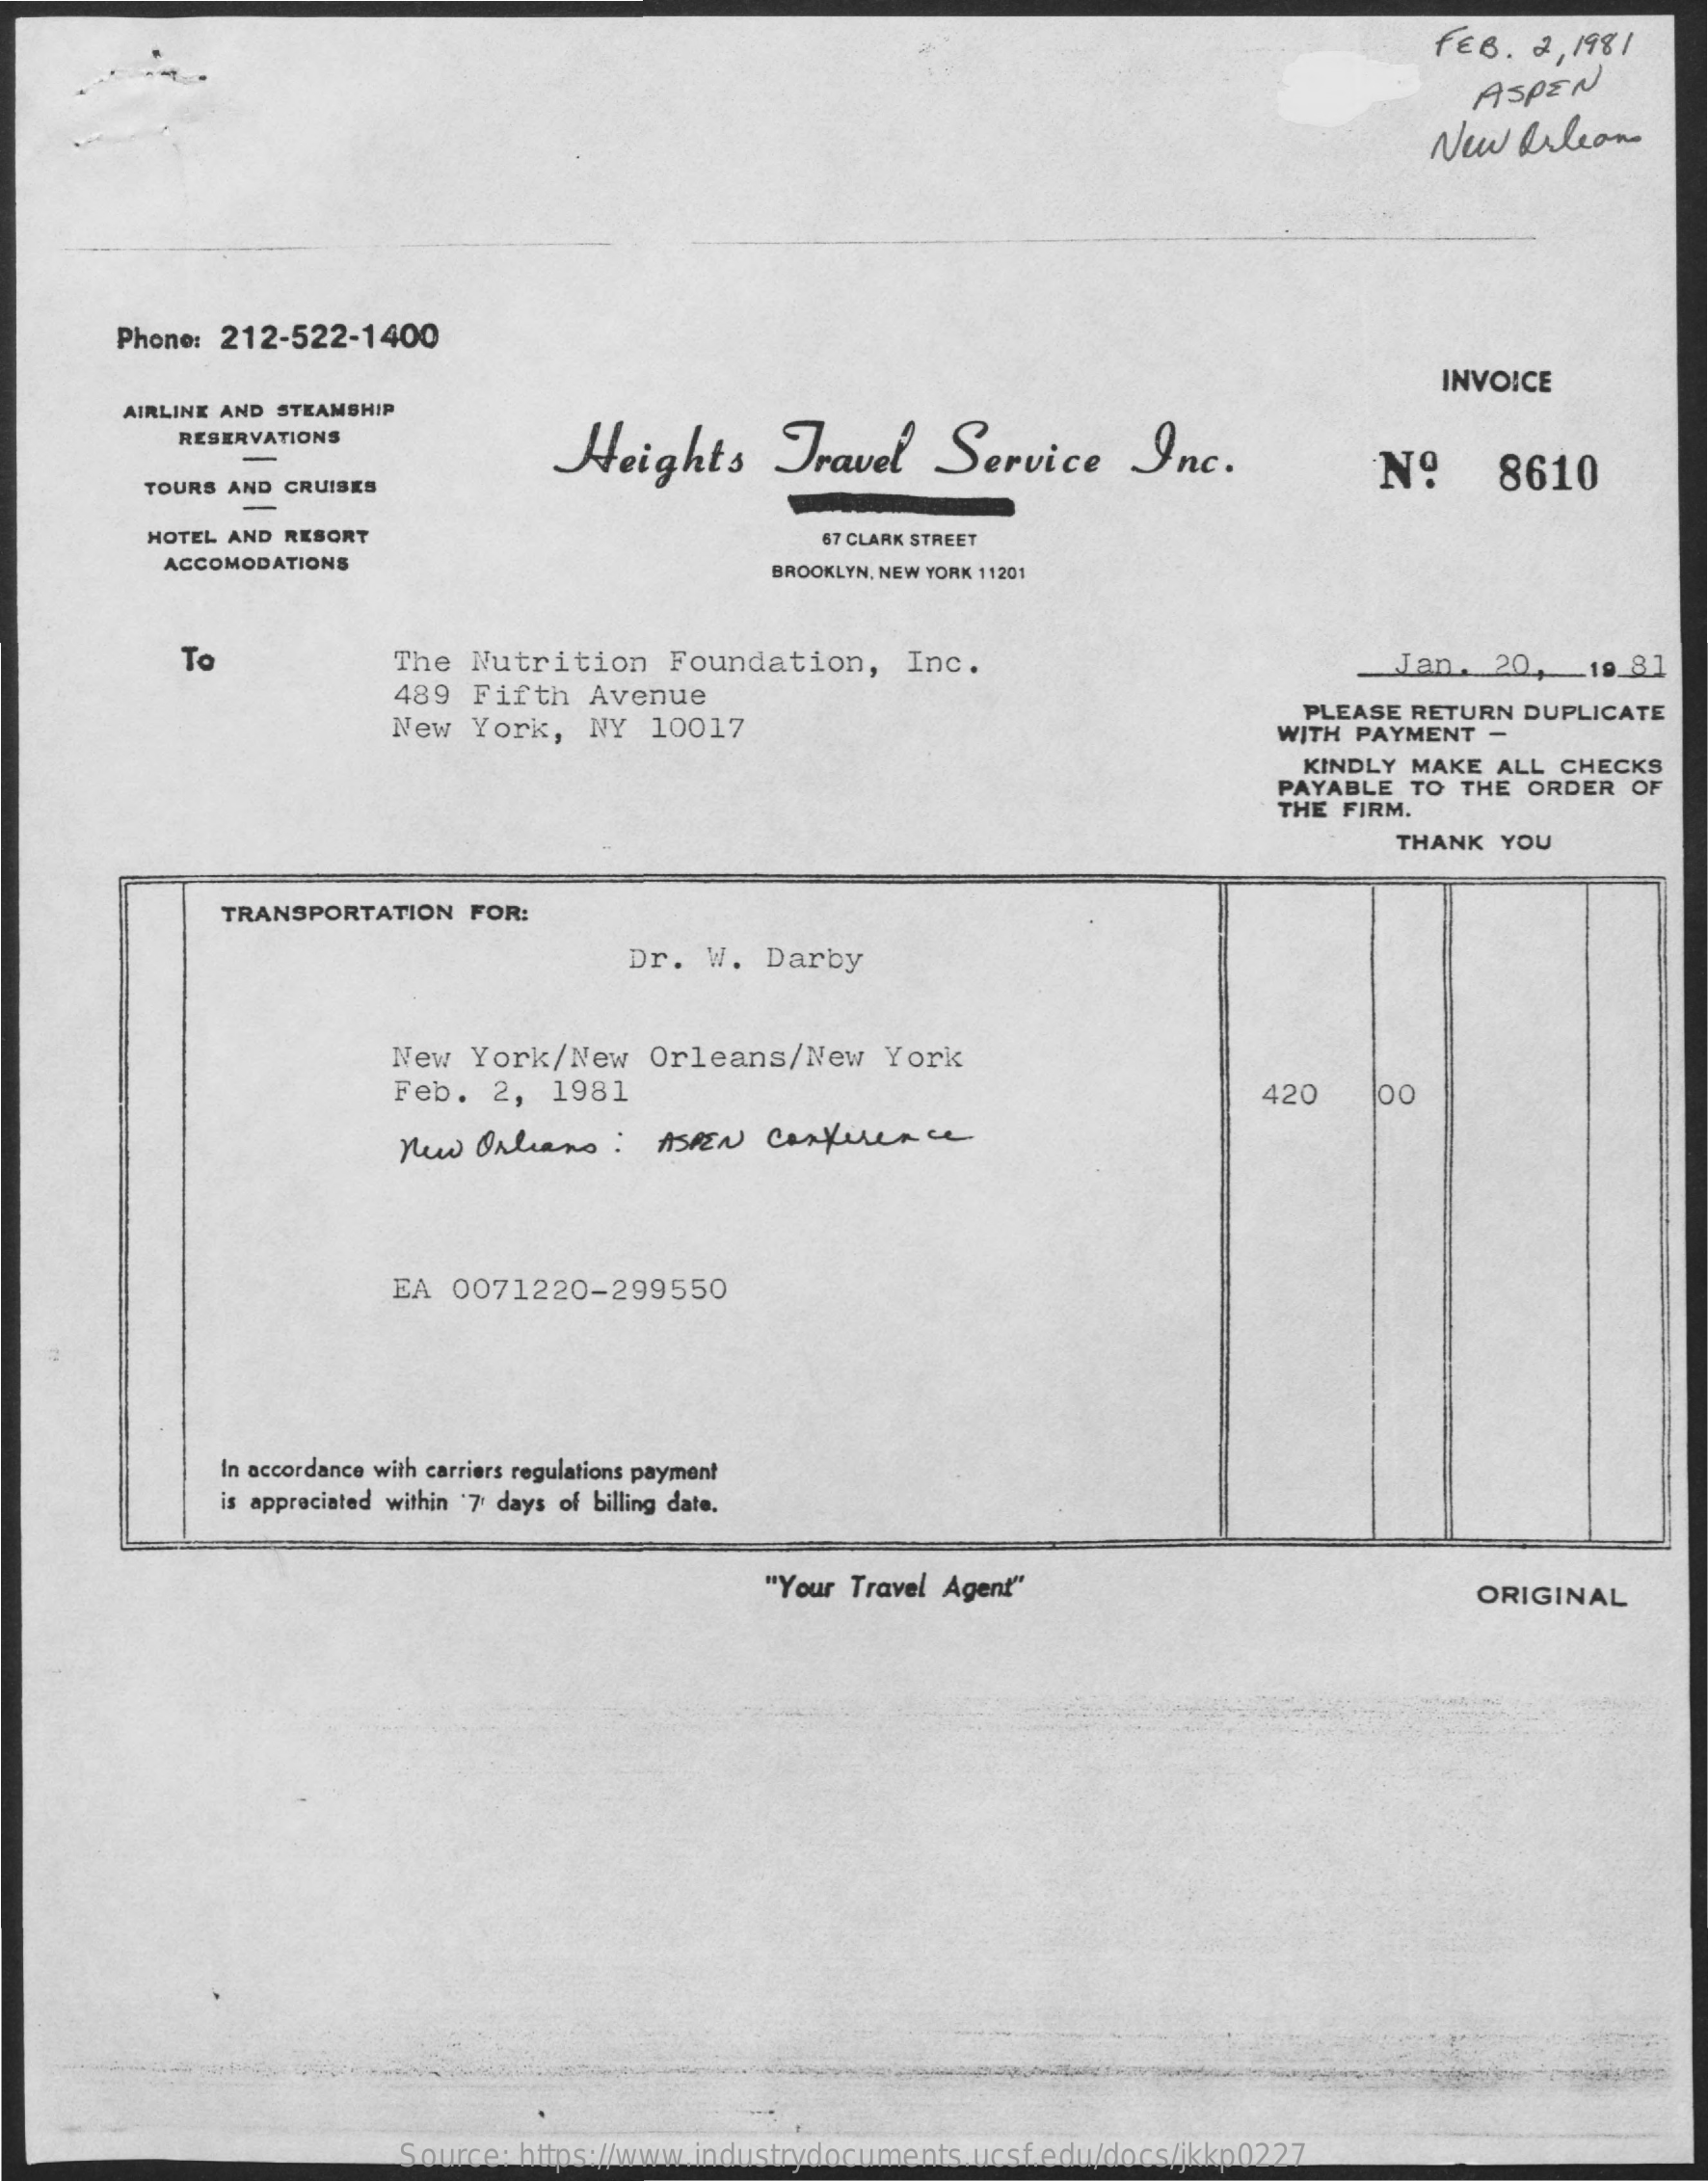
FEB.  2, 1981
     ASPEN
     New   Orleans
     Phone: 212-522-1400
     INVOICE
     AIRLINE AND STEAMSHIP
     RESERVATIONS
     Heights    Travel    Service    Inc.    Nº    8610
     TOURS AND CRUISES
     HOTEL AND RESORT    67 CLARK STREET
     ACCOMODATIONS    BROOKLYN, NEW YORK 11201
     To    The  Nutrition   Foundation,    Inc.
     489  Fifth  Avenue
     Jan.  20,  _ 19 81
     New  York,  NY  10017
     PLEASE RETURN DUPLICATE
     WITH PAYMENT  -
     KINDLY MAKE ALL  CHECKS
     PAYABLE  TO THE ORDER  OF
     THE FIRM.
     THANK  YOU
     TRANSPORTATION  FOR:
     Dr.  W.  Darby
     New  York/New   Orleans/New    York
     Feb.  2,  1981    420    00
     New  Orleans:    ASPEN  Conference
     EA 0071220-299550
     In accordance with carriers regulations payment
     is appreciated within '7 days of billing date.
     "Your Travel Agent"    ORIGINAL
     Source: https://www.industrydocuments.ucsf.edu/docs/jkkp0227